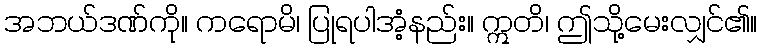
အဘယ်ဒဏ်ကို။ ကရောမိ၊ ပြုရပါအံ့နည်း။ ဣတိ၊ ဤသို့မေးလျှင်၏။